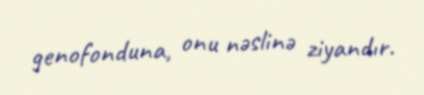
genofonduna, onu nəslinə ziyandır.